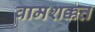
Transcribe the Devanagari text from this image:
वामशक्कत